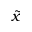
\tilde { x }